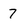
Character: 7